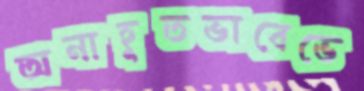
অনাহূতভাবেভে